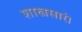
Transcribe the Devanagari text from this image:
शास्त्रसारं।